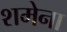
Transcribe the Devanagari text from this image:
शमेना